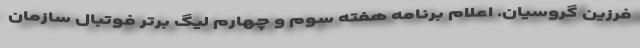
فرزین گروسیان. اعلام برنامه هفته سوم و چهارم لیگ برتر فوتبال سازمان